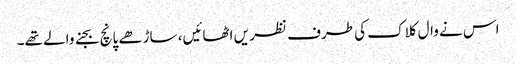
اس نے وال کلاک کی طرف نظر یں اٹھائیں، ساڑھے پانچ بجنے والے تھے۔